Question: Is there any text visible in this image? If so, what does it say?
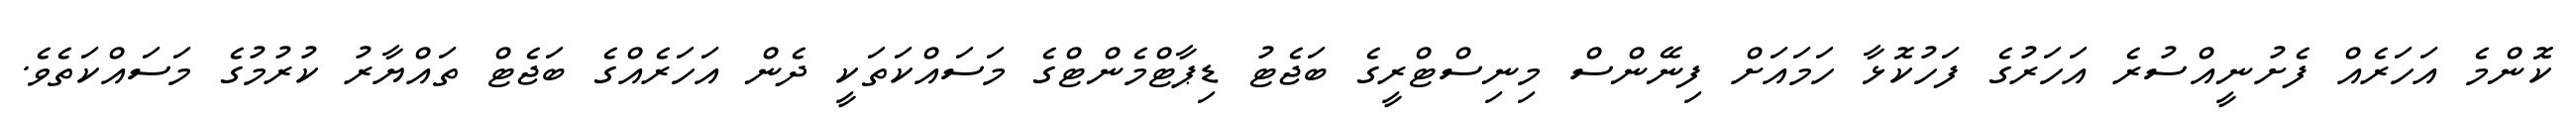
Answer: ކޮންމެ އަހަރެއް ފެށުނީއްސުރެ އަހަރުގެ ފަހުކޮޅާ ހަމައަށް ފިނޭންސް މިނިސްޓްރީގެ ބަޖެޓު ޑިޕާޓްމެންޓްގެ މަސައްކަތަކީ ދެން އަހަރެއްގެ ބަޖެޓް ތައްޔާރު ކުރުމުގެ މަސައްކަތެވެ.